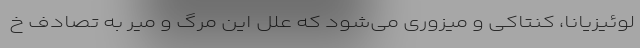
لوئیزیانا، کنتاکی و میزوری می‌شود که علل این مرگ و میر به تصادف خ